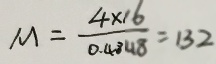
M = \frac { 4 \times 1 6 } { 0 . 4 8 4 8 } = 1 3 2